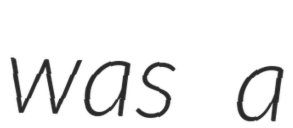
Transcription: was a